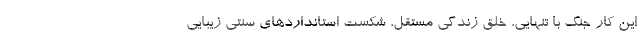
این کار جنگ با تنهایی، خلق زندگی مستقل، شکست استانداردهای سنتی زیبایی